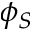
\phi _ { S }